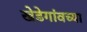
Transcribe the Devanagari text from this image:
खेडेगांवच्या